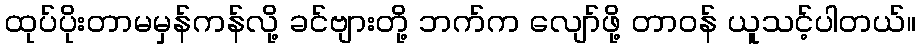
ထုပ်ပိုးတာမမှန်ကန်လို့ ခင်ဗျားတို့ ဘက်က လျော်ဖို့ တာဝန် ယူသင့်ပါတယ်။